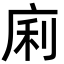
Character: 𢈱